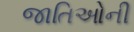
જાતિઓની